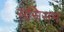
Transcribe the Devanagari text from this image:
ससिसम